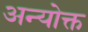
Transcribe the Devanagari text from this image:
अन्योक्त